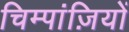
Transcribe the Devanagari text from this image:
चिम्पांज़ियों